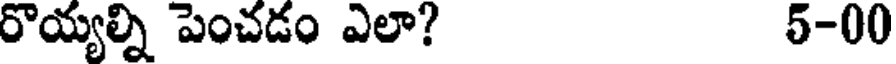
రొయ్యల్ని పెంచడం ఎలా? 5-00